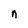
Character: n